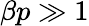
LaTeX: \beta p\gg 1